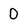
Character: 0